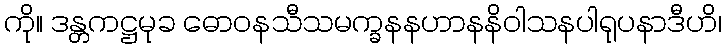
ကို။ ဒန္တကဋ္ဌမုခ ဓောဝနသီသမက္ခနနဟာနနိဝါသနပါရုပနာဒီဟိ၊